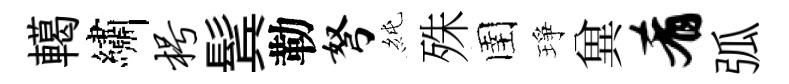
轕繡枵鬂勒弩純殊圉琤兾肴弧